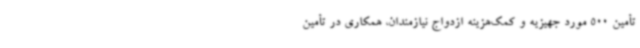
تأمین 500 مورد جهیزیه و کمک‌هزینه ازدواج نیازمندان، همکاری در تأمین